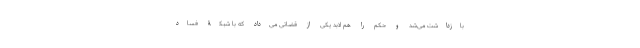
بازداشت می‌شد و حکم را هم لابد یکی از قضاتی می‌داد که با شبکۀ فساد